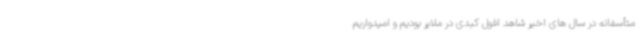
متأسفانه در سال های اخیر شاهد افول کبدی در ملایر بودیم و امیدواریم